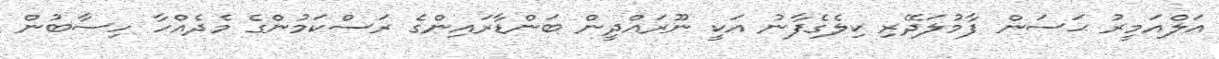
އަލްއަމީރު ޙަސަން ފާމުލަދޭރި ކިލެގެފާނު އަކީ ނޫރައްދީން ބަންޑާރައިންގެ ރަސްކަމުންގެ މެދެއްހާ ހިސާބުން